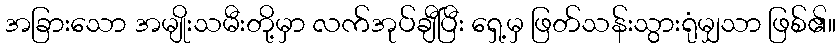
အခြားသော အမျိုးသမီးတို့မှာ လက်အုပ်ချီပြီး ရှေ့မှ ဖြတ်သန်းသွားရုံမျှသာ ဖြစ်၏။